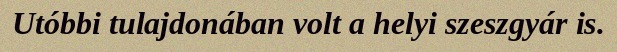
Utóbbi tulajdonában volt a helyi szeszgyár is.